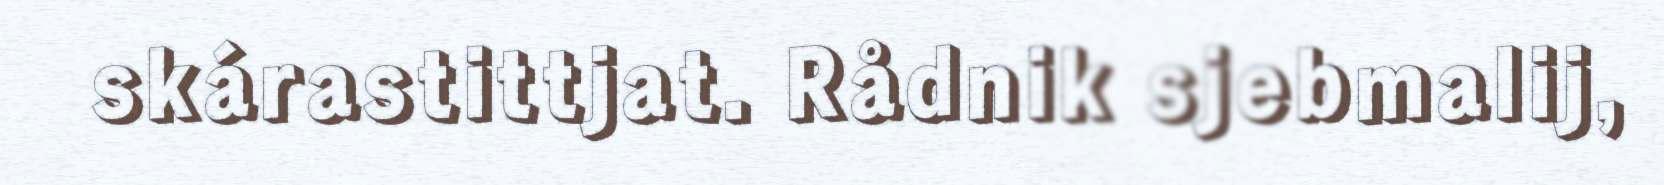
skárastittjat. Rådnik sjebmalij,